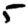
Digit: 5